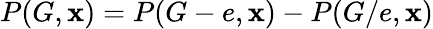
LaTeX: P(G,\mathbf{x})=P(G-e,\mathbf{x})-P(G/e,\mathbf{x})